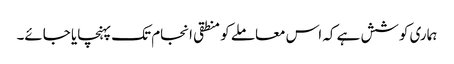
ہماری کوشش ہے کہ اس معاملے کو منطقی انجام تک پہنچایا جائے۔